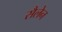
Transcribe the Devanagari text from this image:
सैलेन